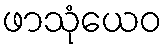
ဖာသုံယေဝ